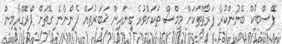
ފޭސްބުކް ބޭނުންކުރާ ފަރާތްތަކަށް މީމްސް ތަކަށްވުރެ ގިނައިން ޚަބަރުތައް ފެންނާނެ ގޮތަށް ޕްރޮގްރާމިން